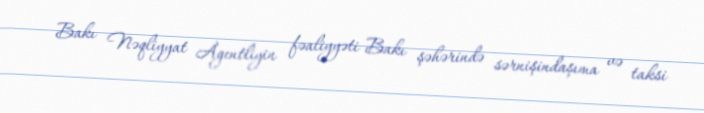
Bakı Nəqliyyat Agentliyin fəaliyyəti Bakı şəhərində sərnişindaşıma və taksi